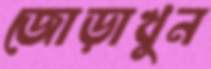
জোড়াখুন